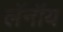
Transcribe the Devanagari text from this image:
लॅनॉय